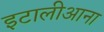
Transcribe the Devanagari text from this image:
इटालीआना